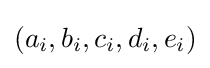
(a_{i},b_{i},c_{i},d_{i},e_{i})